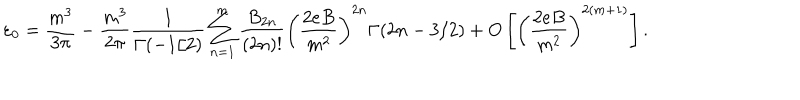
\varepsilon _ { 0 } = \frac { m ^ { 3 } } { 3 \pi } - \frac { m ^ { 3 } } { 2 \pi } \frac { 1 } { \Gamma ( - 1 / 2 ) } \sum _ { n = 1 } ^ { m } \frac { B _ { 2 n } } { ( 2 n ) ! } \left( \frac { 2 e B } { m ^ { 2 } } \right) ^ { 2 n } \Gamma ( 2 n - 3 / 2 ) + O \left[ \left( \frac { 2 e B } { m ^ { 2 } } \right) ^ { 2 ( m + 1 ) } \right] .